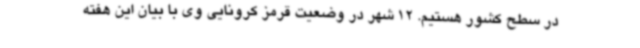
در سطح کشور هستیم. 12 شهر در وضعیت قرمز کرونایی وی با بیان این هفته